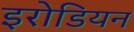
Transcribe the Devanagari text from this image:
इरोडियन